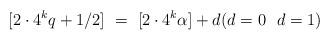
LaTeX: \begin{align*}[2 \cdot 4^k q + 1/2 ] \ = \ [2 \cdot 4^k \alpha] + d (d = 0 \ \ d = 1)\end{align*}